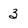
Character: 3